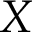
X